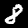
Label: 8